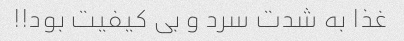
غذا به شدت سرد و بی کیفیت بود!!